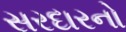
સરદારનો